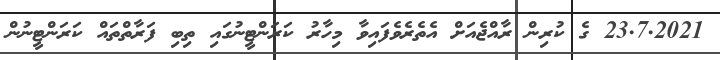
23.7.2021 ގެ ކުރިން ރާއްޖެއަށް އެތެރެވެފައިވާ މިހާރު ކަރަންޓީނުގައި ތިބި ފަރާތްތައް ކަރަންޓީނުން